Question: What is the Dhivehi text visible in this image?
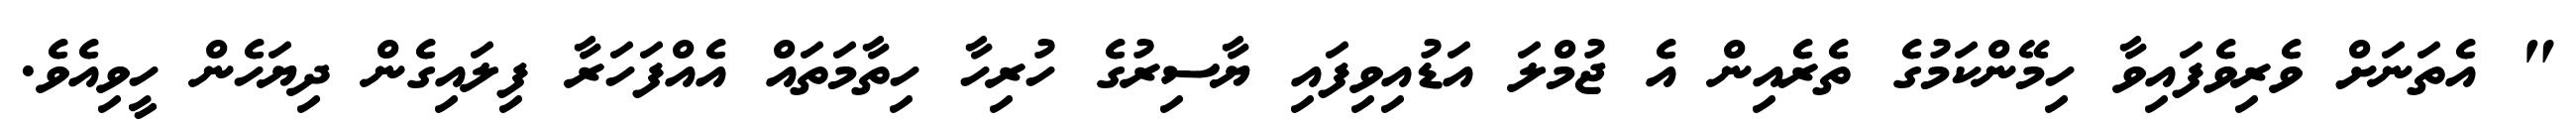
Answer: " އެތަނަށް ވެރިވެފައިވާ ހިމޭންކަމުގެ ތެރެއިން އެ ޖުމްލަ އަޑުއިވިފައި ޔާސިރުގެ ހުރިހާ ހިތާމަތައް އެއްފަހަރާ ފިލައިގެން ދިޔަހެން ހީވިއެވެ.